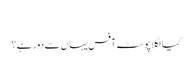
‬
‫کیا اگلا پوسٹ آفس یہاں سے دور ہے؟